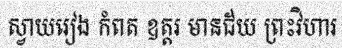
ស្វាយរៀង កំពត ឧត្តរ មានជ័យ ព្រះវិហារ